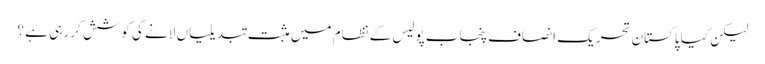
لیکن کیا پاکستان تحریک انصاف پنجاب پولیس کے نظام میں مثبت تبدیلیاں لانے کی کوشش کر رہی ہے ؟